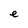
Character: e